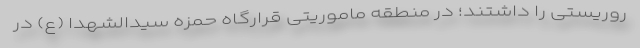
روریستی را داشتند؛ در منطقه ماموریتی قرارگاه حمزه سیدالشهدا (ع) در